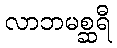
လာဘမစ္ဆရီ